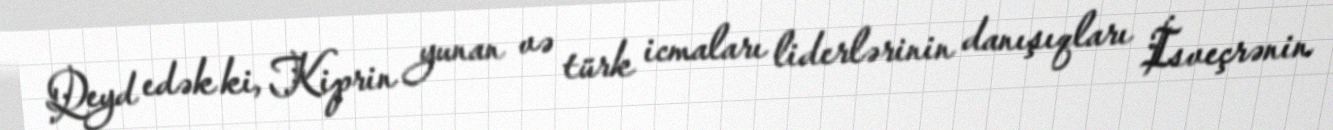
Qeyd edək ki, Kiprin yunan və türk icmaları liderlərinin danışıqları İsveçrənin